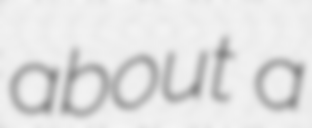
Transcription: about a